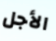
الأجل